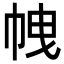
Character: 𢂝